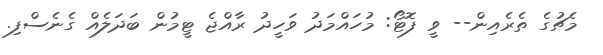
މެޗުގެ ތެރެއިން-- ވީ ފޮޓޯ: މުހައްމަދު ވަހީދު ރާއްޖެ ޓީމުން ބަދަލެއް ގެނެސްފި.